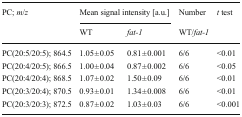
| <ROWSPAN=2> PC; m/z | <COLSPAN=2> Mean signal intensity [a.u.] | Number | <ROWSPAN=2> t test |
 | WT | fat-1 | WT/fat-1 |
 | --- | --- | --- | --- | --- |
 | PC(20:5/20:5); 864.5 | 1.05 ± 0.05 | 0.81 ± 0.001 | 6/6 | <0.01 |
 | PC(20:4/20:5); 866.5 | 1.00 ± 0.04 | 0.87 ± 0.002 | 6/6 | <0.05 |
 | PC(20:4/20:4); 868.5 | 1.07 ± 0.02 | 1.50 ± 0.09 | 6/6 | <0.01 |
 | PC(20:3/20:4); 870.5 | 0.93 ± 0.01 | 1.34 ± 0.008 | 6/6 | <0.01 |
 | PC(20:3/20:3); 872.5 | 0.87 ± 0.02 | 1.03 ± 0.03 | 6/6 | <0.001 |